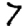
Digit: 7